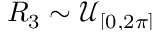
R _ { 3 } \sim \smash { \mathcal { U } _ { [ 0 , 2 \pi ] } }